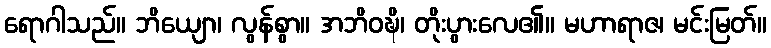
ရောဂါသည်။ ဘိယျော၊ လွန်စွာ။ အဘိဝဍ္ဎိ၊ တိုးပွားလေ၏။ မဟာရာဇ၊ မင်းမြတ်။